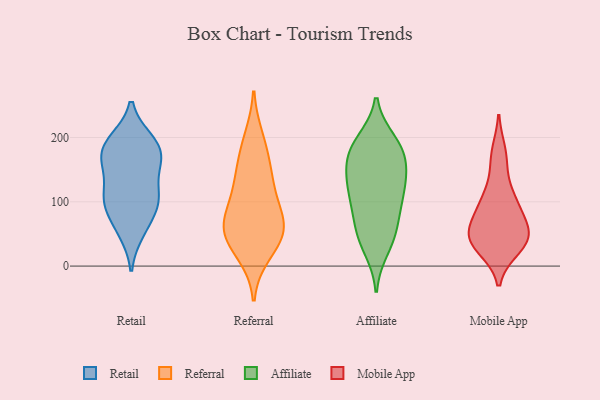
{"axis": {"x": "Backlog", "y": "Value"}, "legend": ["Affiliate", "Mobile App", "Referral", "Retail"], "data": [{"x": "", "y": 101, "type": "Retail"}, {"x": "", "y": 174, "type": "Retail"}, {"x": "", "y": 52, "type": "Retail"}, {"x": "", "y": 195, "type": "Retail"}, {"x": "", "y": 96, "type": "Retail"}, {"x": "", "y": 158, "type": "Retail"}, {"x": "", "y": 57, "type": "Retail"}, {"x": "", "y": 117, "type": "Retail"}, {"x": "", "y": 173, "type": "Retail"}, {"x": "", "y": 168, "type": "Retail"}, {"x": "", "y": 100, "type": "Retail"}, {"x": "", "y": 87, "type": "Retail"}, {"x": "", "y": 195, "type": "Retail"}, {"x": "", "y": 153, "type": "Retail"}, {"x": "", "y": 117, "type": "Retail"}, {"x": "", "y": 196, "type": "Retail"}, {"x": "", "y": 69, "type": "Referral"}, {"x": "", "y": 97, "type": "Referral"}, {"x": "", "y": 59, "type": "Referral"}, {"x": "", "y": 52, "type": "Referral"}, {"x": "", "y": 171, "type": "Referral"}, {"x": "", "y": 134, "type": "Referral"}, {"x": "", "y": 61, "type": "Referral"}, {"x": "", "y": 130, "type": "Referral"}, {"x": "", "y": 21, "type": "Referral"}, {"x": "", "y": 197, "type": "Referral"}, {"x": "", "y": 42, "type": "Referral"}, {"x": "", "y": 98, "type": "Affiliate"}, {"x": "", "y": 136, "type": "Affiliate"}, {"x": "", "y": 180, "type": "Affiliate"}, {"x": "", "y": 63, "type": "Affiliate"}, {"x": "", "y": 190, "type": "Affiliate"}, {"x": "", "y": 51, "type": "Affiliate"}, {"x": "", "y": 194, "type": "Affiliate"}, {"x": "", "y": 152, "type": "Affiliate"}, {"x": "", "y": 43, "type": "Affiliate"}, {"x": "", "y": 181, "type": "Affiliate"}, {"x": "", "y": 27, "type": "Affiliate"}, {"x": "", "y": 114, "type": "Affiliate"}, {"x": "", "y": 89, "type": "Affiliate"}, {"x": "", "y": 165, "type": "Affiliate"}, {"x": "", "y": 116, "type": "Affiliate"}, {"x": "", "y": 138, "type": "Affiliate"}, {"x": "", "y": 176, "type": "Mobile App"}, {"x": "", "y": 49, "type": "Mobile App"}, {"x": "", "y": 164, "type": "Mobile App"}, {"x": "", "y": 108, "type": "Mobile App"}, {"x": "", "y": 88, "type": "Mobile App"}, {"x": "", "y": 35, "type": "Mobile App"}, {"x": "", "y": 44, "type": "Mobile App"}, {"x": "", "y": 29, "type": "Mobile App"}, {"x": "", "y": 61, "type": "Mobile App"}, {"x": "", "y": 52, "type": "Mobile App"}, {"x": "", "y": 41, "type": "Mobile App"}, {"x": "", "y": 91, "type": "Mobile App"}, {"x": "", "y": 39, "type": "Mobile App"}, {"x": "", "y": 107, "type": "Mobile App"}]}